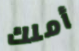
أملك